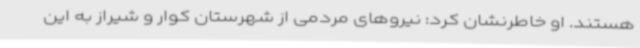
هستند. او خاطرنشان کرد: نیروهای مردمی از شهرستان کوار و شیراز به این